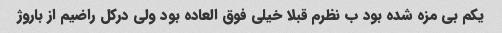
یکم بی مزه شده بود ب نظرم قبلا خیلی فوق العاده بود ولی درکل راضیم از باروژ